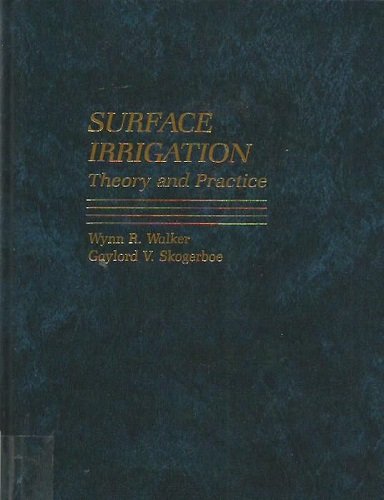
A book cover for Surface Irrigation: Theory and Practice; Wynn R. Walker; Science & Math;